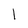
Character: 1